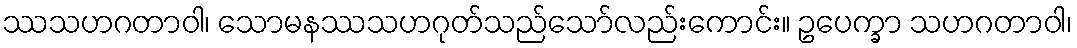
ဿသဟဂတာဝါ၊ သောမနဿသဟဂုတ်သည်သော်လည်းကောင်း။ ဥပေက္ခာ သဟဂတာဝါ၊